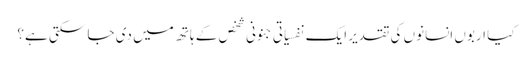
کیا اربوں انسانوں کی تقدیر ایک نفسیاتی جنونی شخص کے ہاتھ میں دی جا سکتی ہے؟